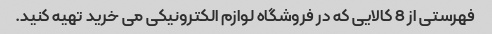
فهرستی از 8 کالایی که در فروشگاه لوازم الکترونیکی می خرید تهیه کنید.